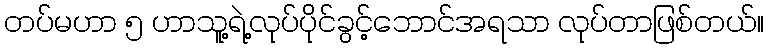
တပ်မဟာ ၅ ဟာသူ့ရဲ့လုပ်ပိုင်ခွင့်ဘောင်အရသာ လုပ်တာဖြစ်တယ်။